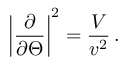
\left| \frac { \partial } { \partial \Theta } \right| ^ { 2 } = \frac { V } { v ^ { 2 } } \, .